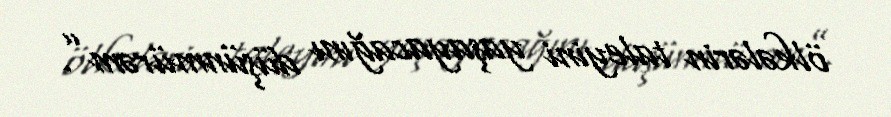
ölkələrin taleyini yaşayacağını düşünmürəm”.